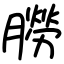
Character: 朥